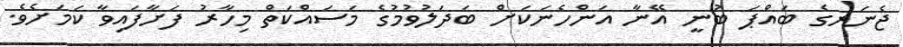
ޖެނަރގެ ބައްޕަ ބުނީ އޭނާ އަންހެނަކަށް ބަދަލުވުމުގެ މަސައްކަތް މިހާރު ފަށާފައިވާ ކަމަށެވެ.